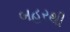
બહરથી